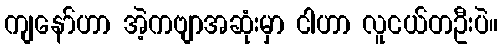
ကျနော်ဟာ အဲ့ကဗျာအဆုံးမှာ ငါဟာ လူငယ်တဦးပဲ။